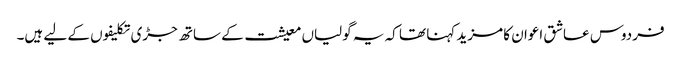
فردوس عاشق اعوان کا مزید کہنا تھا کہ یہ گولیاں معیشت کے ساتھ جڑی تکلیفوں کے لیے ہیں۔